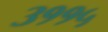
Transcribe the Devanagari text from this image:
३११५